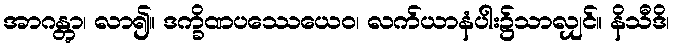
အာဂန္တွာ၊ လာ၍။ ဒက္ခိဏပဿေယေဝ၊ လက်ယာနံပါး၌သာလျှင်။ နိသီဒိ၊